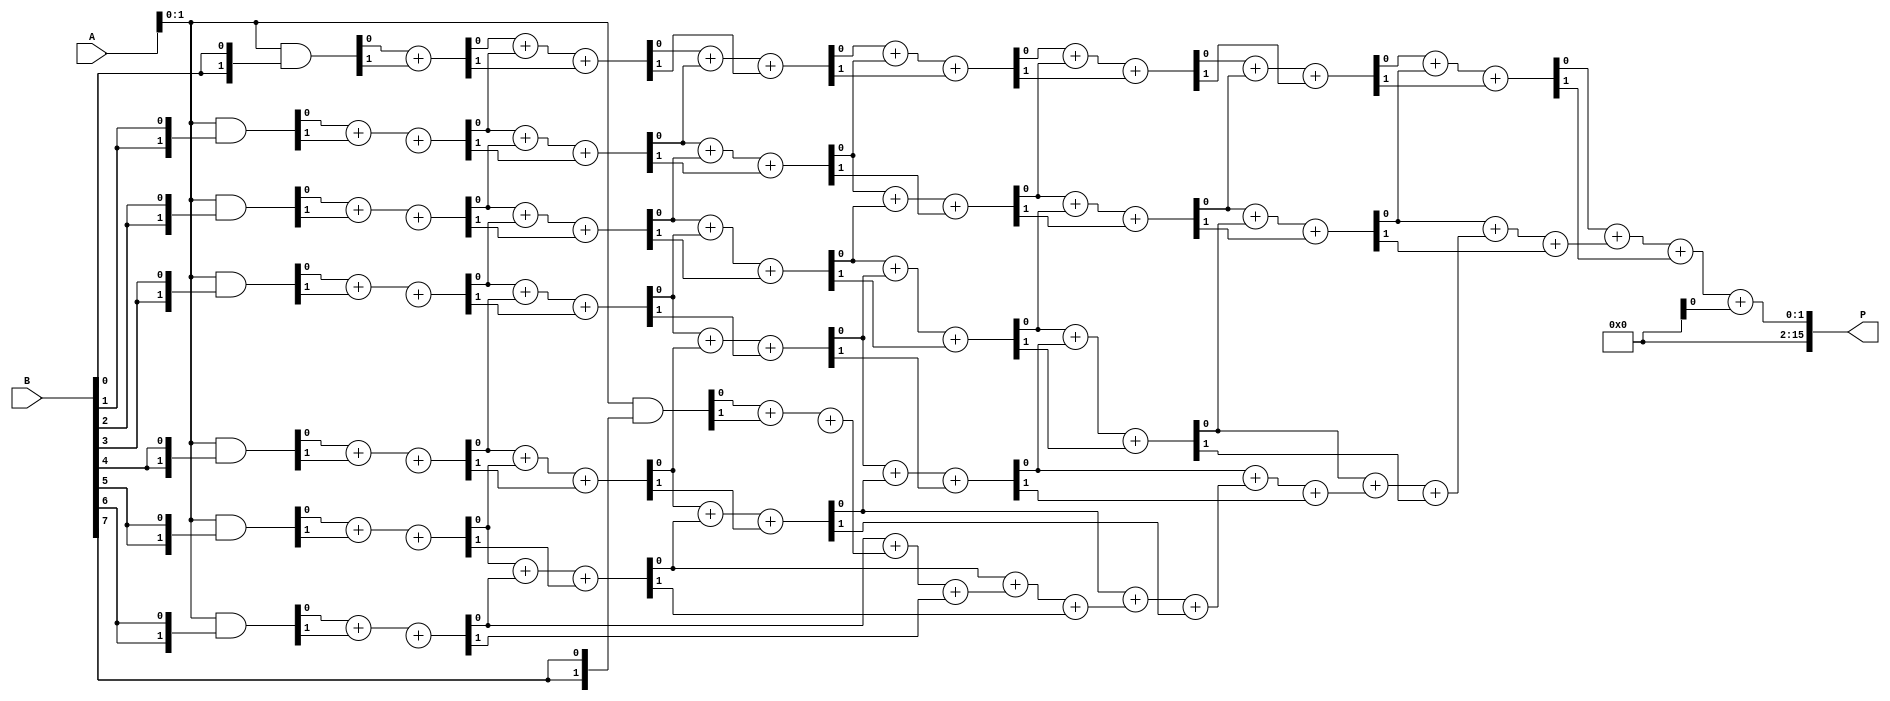
module wallace_tree_multiplier #(parameter N = 8) (
    input [N-1:0] A,
    input [N-1:0] B,
    output [2*N-1:0] P
);

    wire [N-1:0] pp [N-1:0]; // Partial product array
    wire [2*N-1:0] sum [N:0]; // Sums at various stages
    wire [N:0] carry [N:0]; // Carry bits at various stages
    wire [2*N-1:0] final_sum; // Final sum

    // Generate Partial Products
    genvar i, j;
    generate
        for (i = 0; i < N; i = i + 1) begin : pp_gen
            assign pp[i] = A & {N{B[i]}}; // AND each bit of B with A -> Partial products
        end
    endgenerate

    // First stage of addition using half adders and full adders
    generate
        for (i = 0; i < N; i = i + 1) begin : first_stage
            if (i == 0) begin
                assign {carry[1][i], sum[1][i]} = pp[i][0] + pp[i][1];
            end else begin
                assign {carry[1][i], sum[1][i]} = pp[i][0] + pp[i][1] + carry[0][i-1];
            end
        end
    endgenerate

    // Reduction stages
    genvar stage;
    for (stage = 1; stage < N; stage = stage + 1) begin
        generate
            for (i = 0; i < (N - stage); i = i + 1) begin : reduction
                assign {carry[stage+1][i], sum[stage+1][i]} = sum[stage][i] + sum[stage][i+1] + carry[stage][i];
            end
        endgenerate
    end

    // Final addition of the last two sums
    assign final_sum = sum[N][0] + sum[N][1];
    
    // Output the result
    assign P = final_sum;

endmodule